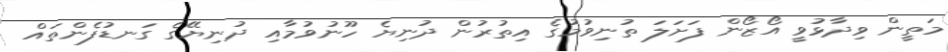
މަތީން ވިދާޅުވީ އޯޒޯން ފަށަލަ ތުނިވުމުގެ އިތުރުން ދުނިޔެ ހޫނުވުމާއި ދުނިޔޭގެ ގަނޑުފެންތައް